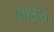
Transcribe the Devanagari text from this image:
एतद्धेशीय